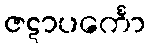
ဇဋာပင်္ကော